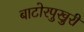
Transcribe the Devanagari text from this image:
बाटोरपुखुरी